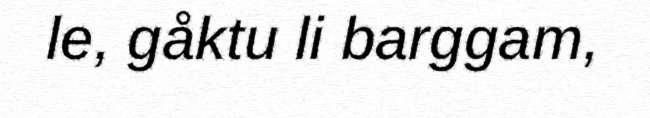
le, gåktu li barggam,